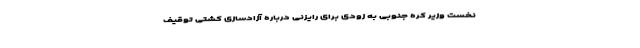
نخست وزیر کره جنوبی به زودی برای رایزنی درباره آزادسازی کشتی توقیف